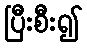
ပြီးစီး၍